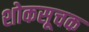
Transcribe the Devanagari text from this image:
शोकसूचक